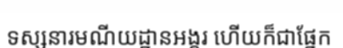
ទស្សនារមណីយដ្ឋានអង្គរ ហើយក៏ជាផ្នែក